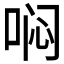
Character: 𱒶